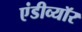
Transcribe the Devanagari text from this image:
एंडीव्यॉर